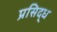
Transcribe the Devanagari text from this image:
प्रसिद्‍ध